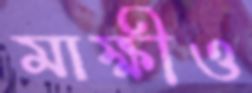
মাক্ষীও